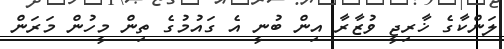
ލަންކާގެ ޚާރިޖީ ވުޒާރާ އިން ބުނީ އެ ގައުމުގެ ތިން މީހުން މަރަން